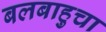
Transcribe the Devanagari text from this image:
बलबाहुचा